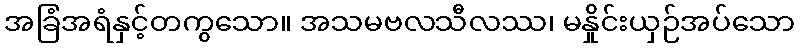
အခြံအရံနှင့်တကွသော။ အသမဗလသီလဿ၊ မနှိုင်းယှဉ်အပ်သော